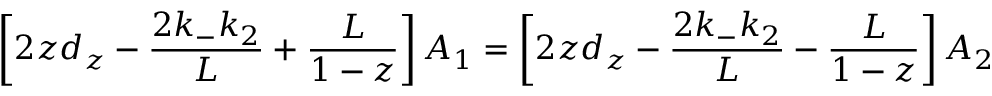
\left[ 2 z d _ { z } - \frac { 2 k _ { - } k _ { 2 } } { L } + \frac { L } { 1 - z } \right] A _ { 1 } = \left[ 2 z d _ { z } - \frac { 2 k _ { - } k _ { 2 } } { L } - \frac { L } { 1 - z } \right] A _ { 2 }